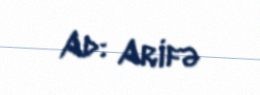
Ad: Arifə